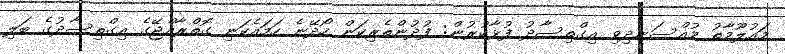
މައުލޫމާތު މުއްސަނދިވި އިގްތިސާދު ފުޅާކުރުން: ފުދުންތެރިކަން ހޯދޭނެ ހަމައެކަނި ގޮތްރާއްޖޭގެ އިގްތިސާދުގެ ބަލި